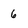
Character: 6